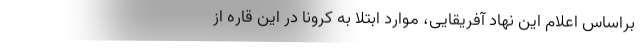
براساس اعلام این نهاد آفریقایی، موارد ابتلا به کرونا در این قاره از